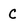
Character: C